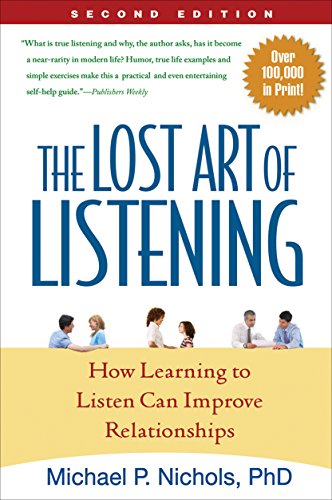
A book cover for The Lost Art of Listening, Second Edition: How Learning to Listen Can Improve Relationships; Michael P. Nichols PhD; Parenting & Relationships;